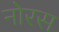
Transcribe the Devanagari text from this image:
नोरस